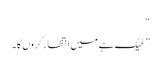
“
” ٹھیک ہے میں انتظار کروں گا۔